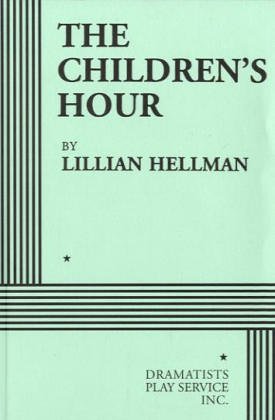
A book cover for The Children's Hour - Acting Edition; Lillian Hellman; Literature & Fiction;